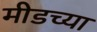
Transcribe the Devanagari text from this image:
मीडच्या